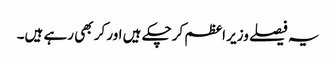
یہ فیصلے وزیر اعظم کرچکے ہیں اور کر بھی رہے ہیں۔